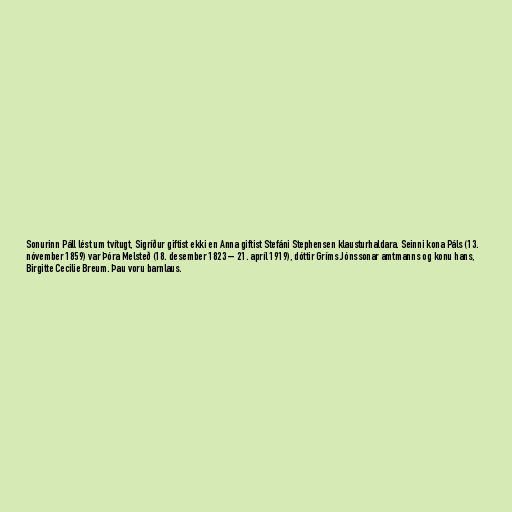
Sonurinn Páll lést um tvítugt, Sigríður giftist ekki en Anna giftist Stefáni Stephensen klausturhaldara. Seinni kona Páls (13.
nóvember 1859) var Þóra Melsteð (18. desember 1823 – 21. apríl 1919), dóttir Gríms Jónssonar amtmanns og konu hans,
Birgitte Cecilie Breum. Þau voru barnlaus.